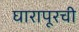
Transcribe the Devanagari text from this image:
घारापूरची